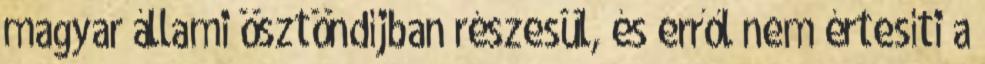
magyar állami ösztöndíjban részesül, és erről nem értesíti a